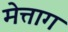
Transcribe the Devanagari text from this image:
मेत्ताग